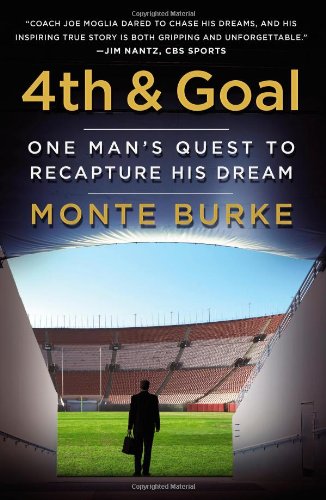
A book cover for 4th and Goal: One Man's Quest to Recapture His Dream; Monte Burke; Sports & Outdoors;